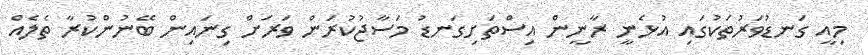
މިއީ ގަނޑުވަރުތަކުގައި އުޅެނީ ރާނީން އިސްތަށިގަނޑު މަސާޖުކުރަން ވަރަށް ގިނައިން ބޭނުންކުރާ ތެލެއް